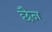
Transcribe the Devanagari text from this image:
छैन